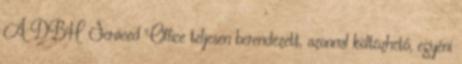
A DBH Serviced Office teljesen berendezett, azonnal költözhető, egyéni